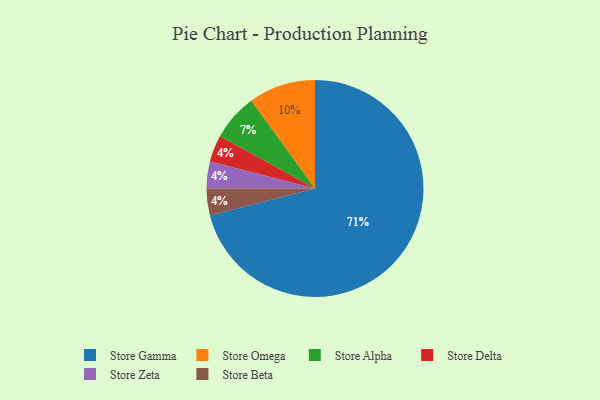
{"axis": {"x": "Category", "y": "Percentage"}, "legend": ["Store Alpha", "Store Beta", "Store Delta", "Store Gamma", "Store Omega", "Store Zeta"], "data": [{"x": "Store Delta", "y": 4, "type": "Store Delta"}, {"x": "Store Zeta", "y": 4, "type": "Store Zeta"}, {"x": "Store Gamma", "y": 71, "type": "Store Gamma"}, {"x": "Store Alpha", "y": 7, "type": "Store Alpha"}, {"x": "Store Omega", "y": 10, "type": "Store Omega"}, {"x": "Store Beta", "y": 4, "type": "Store Beta"}]}